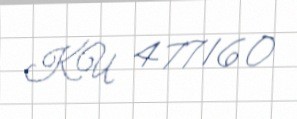
KU 477160